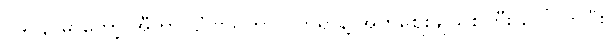
၁၉၀၃ မှာတော့ အီတာလျံ ဗိသုကာလက်ရာနဲ့ အုတ်ဈေးချိုသစ်ကြီး ပေါ်လာပြီး